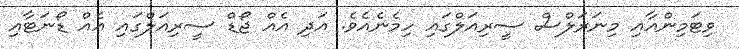
ވިޓަމިންއާއި މިނަރަލްސް ސީރިއަލްގައި ހިމެނެއެވެ. އަދި އެއް ޖޯޑް ސީރިއަލްގައި އެއް ޑޯނަޓާއި